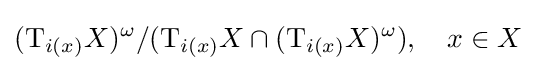
(\mathrm {T} _{i(x)}X)^{\omega }/(\mathrm {T} _{i(x)}X\cap (\mathrm {T} _{i(x)}X)^{\omega }),\quad x\in X